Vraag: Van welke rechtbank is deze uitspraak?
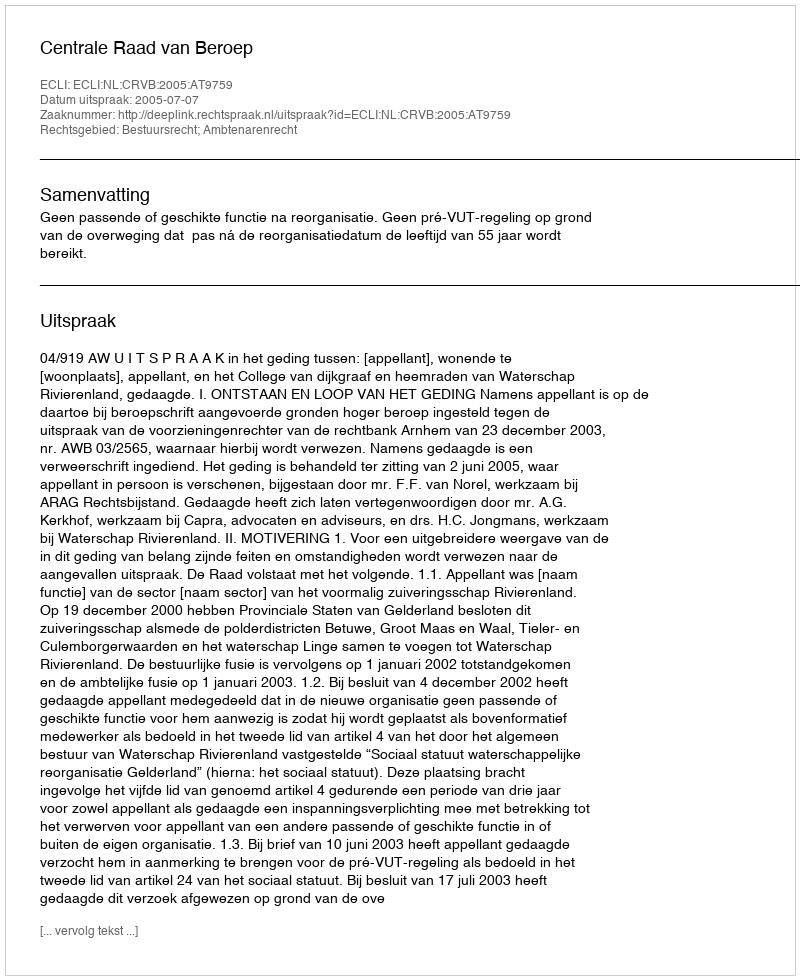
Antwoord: Centrale Raad van Beroep